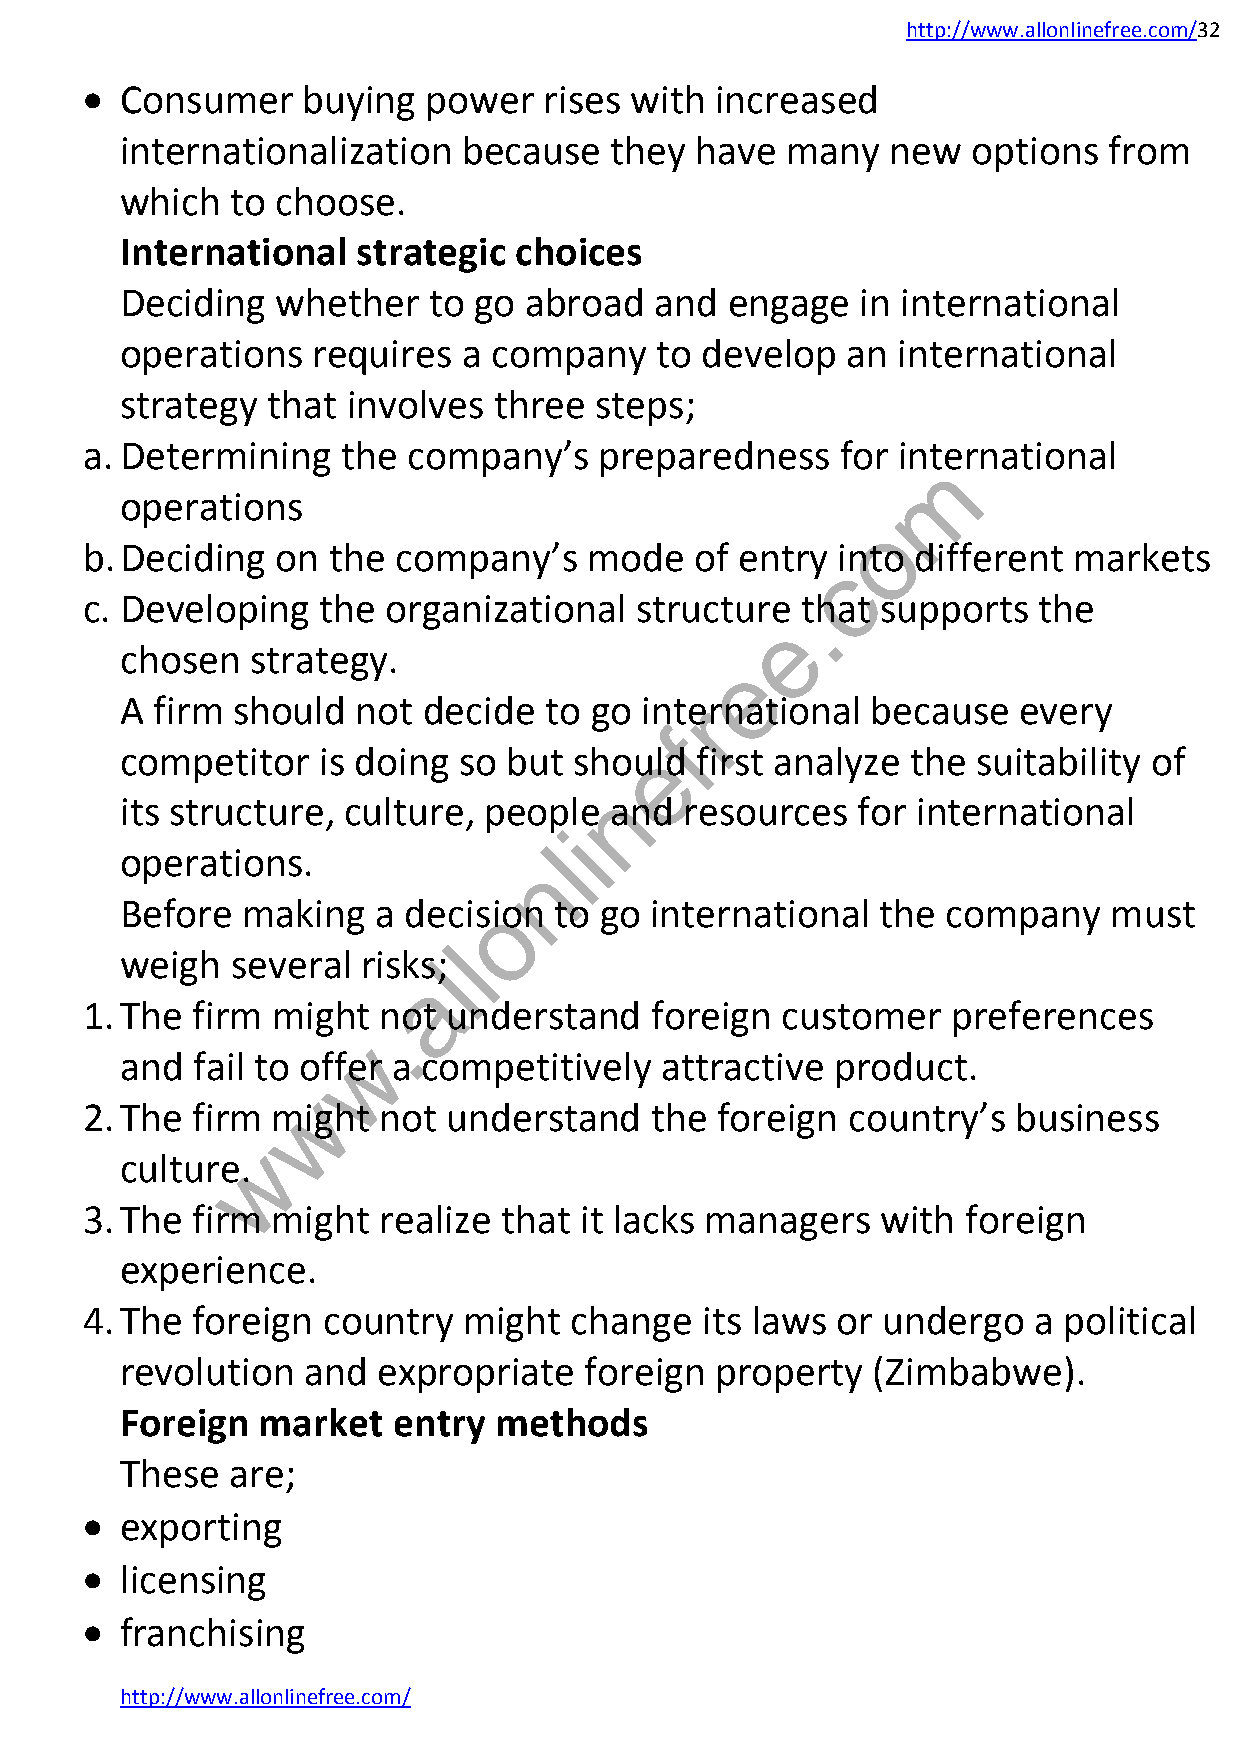
http://www.allonlinefree.com/32
   Consumer    buying  power   rises with increased
 internationalization   because  they  have  many   new  options  from
 which  to choose.
 International   strategic choices
 Deciding  whether   to go  abroad  and  engage   in international
 operations   requires  a company   to develop   an international
 strategy  that involves  three steps;
 a. Determining    the company’s    preparedness    for international
 m
 operations
 o
 b. Deciding  on  the company’s    mode   of entry into  different markets
 c
 c. Developing   the  organizational  structure. that supports   the
 e
 chosen   strategy.
 e
 A firm should   not decide  to go interrnational  because  every
 f
 competitor   is doing so  but shoueld first analyze the  suitability of
 n
 its structure, culture, people  and  resources   for international
 i
 l
 operations.
 n
 Before  making   a decisoion to go international  the  company   must
 l
 weigh  several  risksl;
 a
 1. The  firm might  not  understand   foreign  customer   preferences
 .
 w
 and  fail to offer a competitively  attractive product.
 w
 2. The  firm might  not  understand   the foreign  country’s  business
 w
 culture.
 3. The  firm might  realize that it lacks managers   with  foreign
 experience.
 4. The  foreign country   might  change  its laws or undergo   a political
 revolution  and  expropriate   foreign property   (Zimbabwe).
 Foreign  market   entry  methods
 These  are;
   exporting
   licensing
   franchising
 http://www.allonlinefree.com/